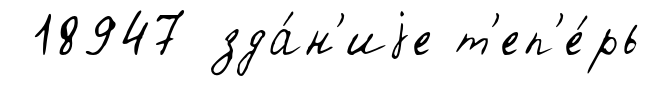
18947 зда́н'иjе т'еп'е́рь